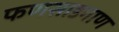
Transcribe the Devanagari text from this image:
फणसाडगाण